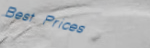
Best Prices